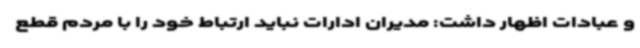
و عبادات اظهار داشت: مدیران ادارات نباید ارتباط خود را با مردم قطع